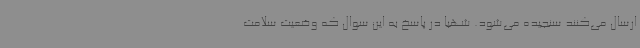
ارسال می‌کنند سنجیده می‌شود. شهبا در پاسخ به این سوال که وضعیت سلامت